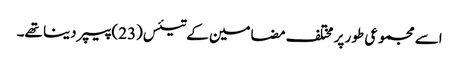
اسے مجموعی طور پر مختلف مضامین کے تیئس(23) پیپر دینا تھے۔